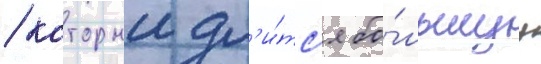
/ которыи дл'и́тс'я бо́льшуу